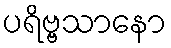
ပရိဗ္ဗသာနော